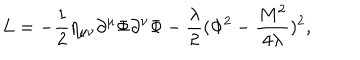
L = - \frac { 1 } { 2 } \eta _ { \mu \nu } \partial ^ { \mu } \Phi \partial ^ { \nu } \Phi - \frac { \lambda } { 2 } ( \Phi ^ { 2 } - \frac { M ^ { 2 } } { 4 \lambda } ) ^ { 2 } ,